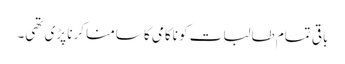
باقی تمام طالبات کو ناکامی کا سامنا کرنا پڑی تھی۔